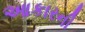
આકારની